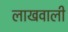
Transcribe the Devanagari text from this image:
लाखवाली